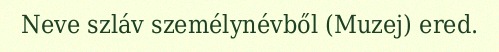
Neve szláv személynévből (Muzej) ered.